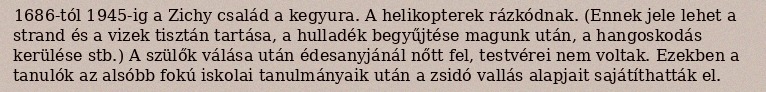
1686-tól 1945-ig a Zichy család a kegyura. A helikopterek rázkódnak. (Ennek jele lehet a strand és a vizek tisztán tartása, a hulladék begyűjtése magunk után, a hangoskodás kerülése stb.) A szülők válása után édesanyjánál nőtt fel, testvérei nem voltak. Ezekben a tanulók az alsóbb fokú iskolai tanulmányaik után a zsidó vallás alapjait sajátíthatták el.